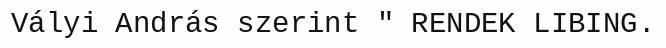
Vályi András szerint " RENDEK LIBING.